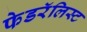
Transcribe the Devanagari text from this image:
फेडरॅलिस्ट